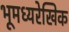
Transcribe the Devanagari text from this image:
भूमध्यरेखिक